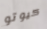
كيوتو